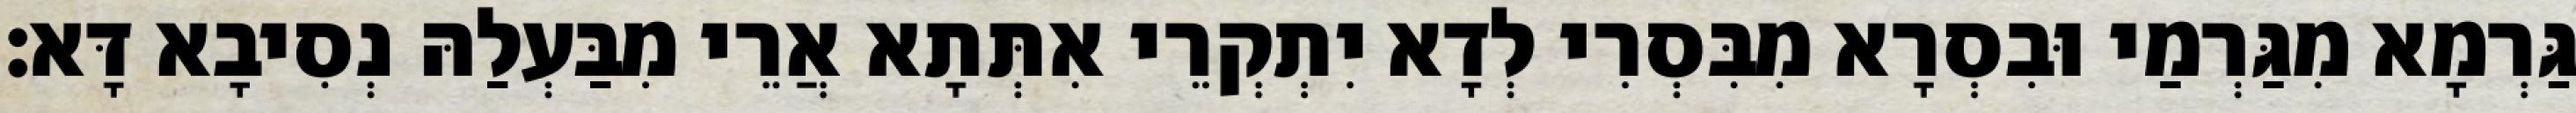
גַּרְמָא מִגַּרְמַי וּבִסְרָא מִבִּסְרִי לְדָא יִתְקְרֵי אִתְּתָא אֲרֵי מִבַּעְלַהּ נְסִיבָא דָּא׃